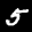
Label: 5